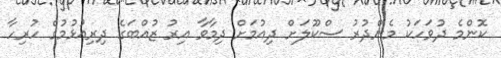
ކޮންމެ ދުވަހަކު މެންދުރު ސްކޫލަށް ދިއުމަށް ދިމާވާ އިރު ޒުއްބަގެ ދިރިއުޅުމުގެ ހުރިހާ